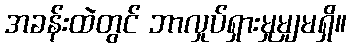
အခန်းထဲတွင် ဘာလှုပ်ရှားမှုမျှမရှိ။